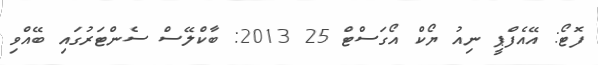
ފޮޓޯ: އޭއެފްޕީ ނިއު ޔޯކް އޯގަސްޓް 25 2013: ބާކްލޭސް ސެންޓަރުގައި ބޭއްވި